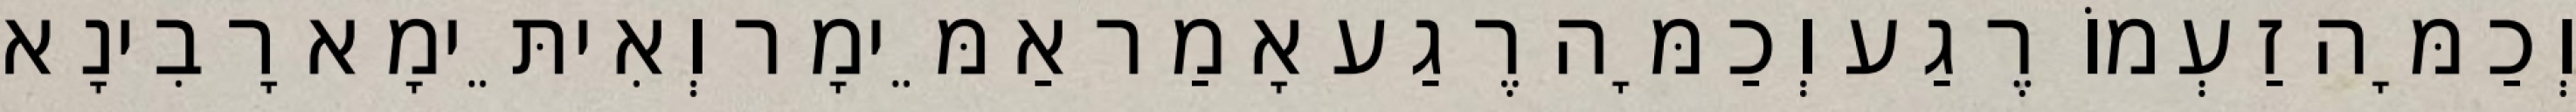
וְכַמָּה זַעְמוֹ רֶגַע וְכַמָּה רֶגַע אָמַר אַמֵּימָר וְאִיתֵּימָא רָבִינָא